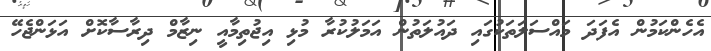
އެހެންކަމުން އެފަދަ މައްސަަލަތަކުގައި ދައުލަތުން އަމަލުކުރާ މުޅި އިޖުތިމާއީ ނިޒާމް ދިރާސާކޮށް އަޅަންޖެހޭ